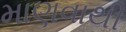
માણવાથી